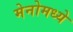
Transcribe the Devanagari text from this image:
मेनोमध्ये